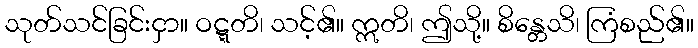
သုတ်သင်ခြင်းငှာ။ ဝဋ္ဋတိ၊ သင့်၏။ ဣတိ၊ ဤသို့။ စိန္တေသိ၊ ကြံစည်၏။